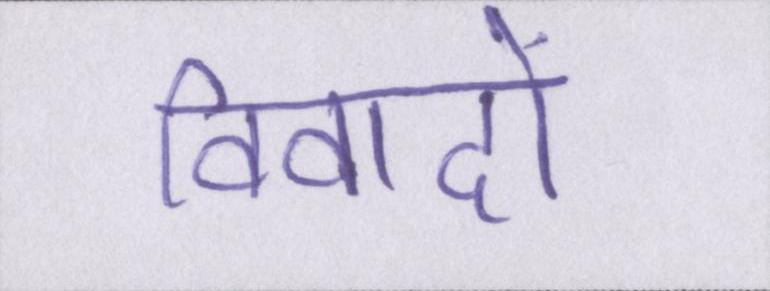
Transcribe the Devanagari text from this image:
विवादों